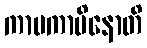
ကာမကာမိနောတိ